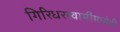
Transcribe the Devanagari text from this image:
गिरिधरस्वामींमध्येही